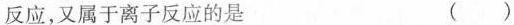
反应，又属于离子反应的是 ()